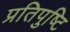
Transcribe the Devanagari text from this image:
प्रतिपुष्‍टि